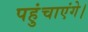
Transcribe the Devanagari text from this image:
पहुंचाएंगे।